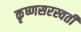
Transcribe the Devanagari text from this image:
कृष्णसरस्वती